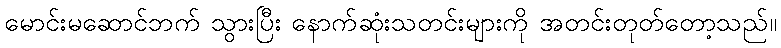
မောင်းမဆောင်ဘက် သွားပြီး နောက်ဆုံးသတင်းများကို အတင်းတုတ်တော့သည်။